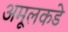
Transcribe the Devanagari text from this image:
अमूलकडे